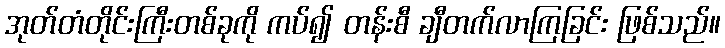
အုတ်တံတိုင်းကြီးတစ်ခုကို ကပ်၍ တန်းစီ ချီတက်လာကြခြင်း ဖြစ်သည်။